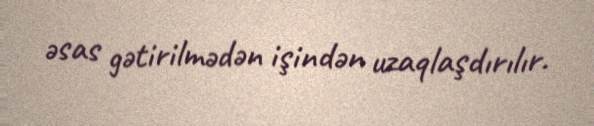
əsas gətirilmədən işindən uzaqlaşdırılır.